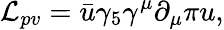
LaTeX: {\cal L}_{pv}=\bar{u}{\gamma_{5}}\gamma^{\mu}\partial_{\mu}\pi u,